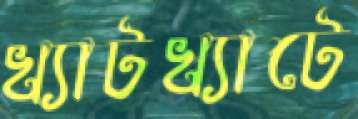
খ্যাটখ্যাটে